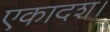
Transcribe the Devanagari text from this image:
एकादश।